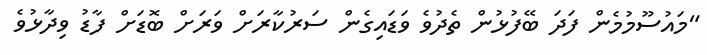
"މައުސޫމުމެން ފަދަ ބޭފުޅުން ތެދުވެ ވަޑައިގެން ސަރުކާރަށް ވަރަށް ބޮޑަށް ފާޑު ވިދާޅުވެ